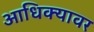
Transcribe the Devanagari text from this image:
आधिक्यावर